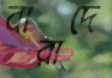
বারাদে